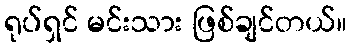
ရုပ်ရှင် မင်းသား ဖြစ်ချင်တယ်။